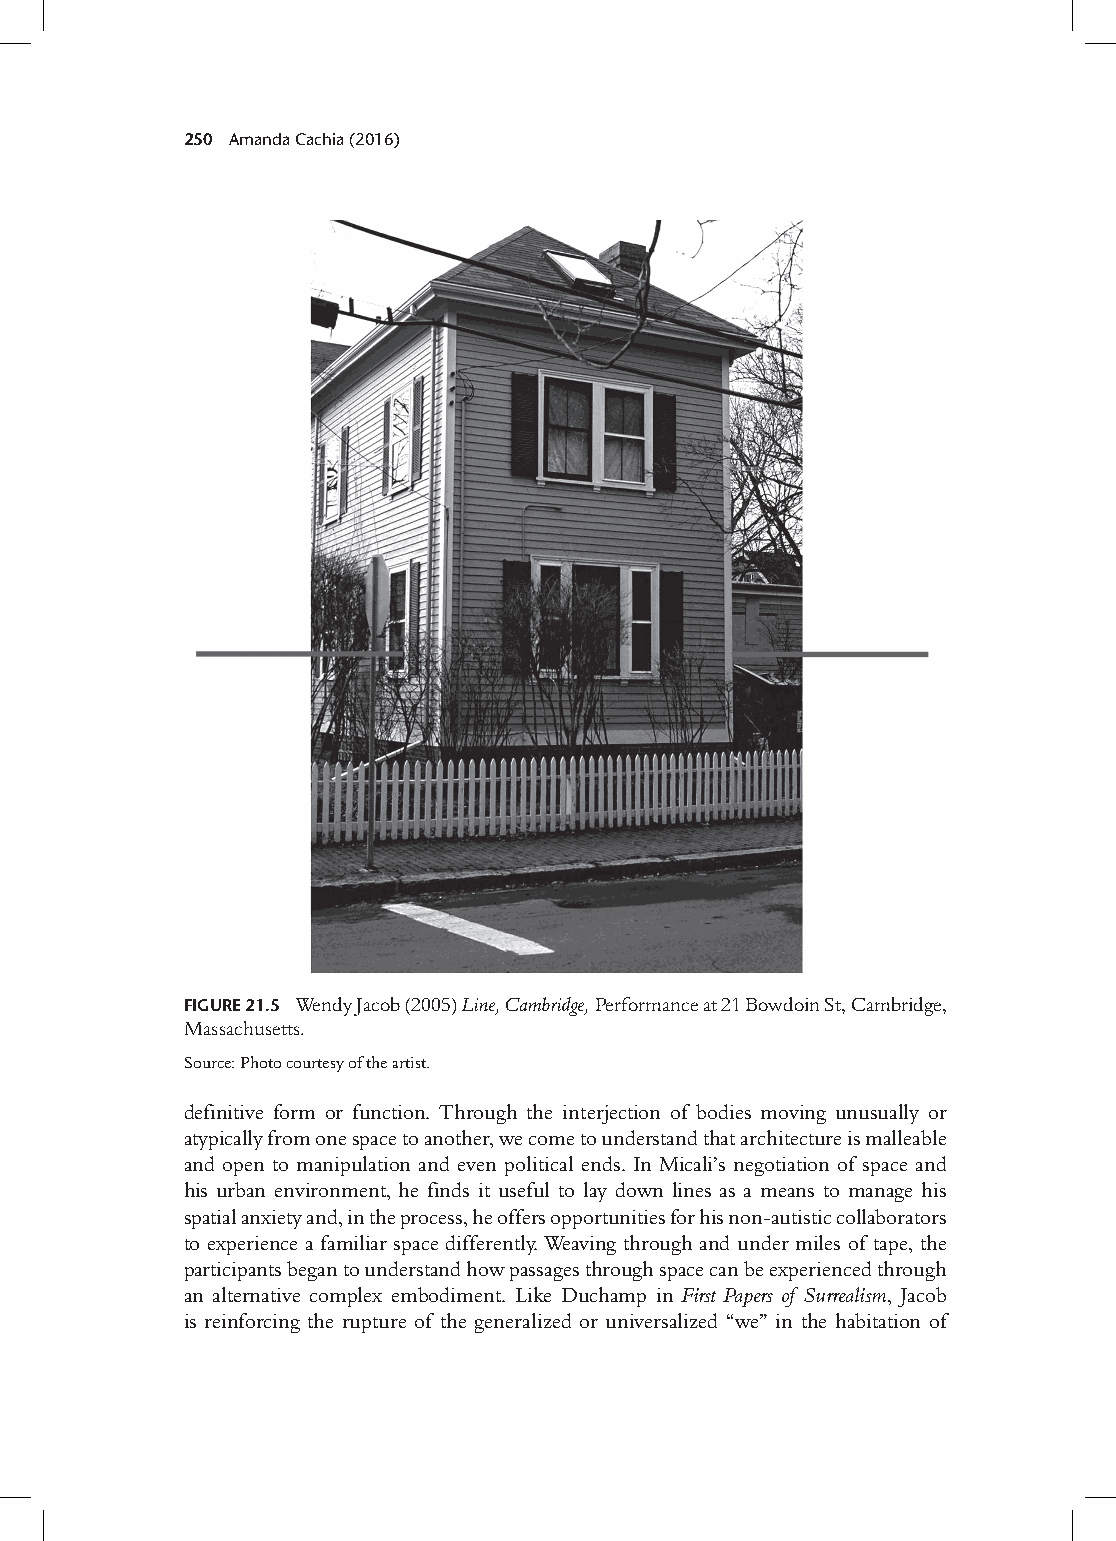
250 Amanda Cachia (2016)
 Figure 21.5 Wendy Jacob (2005) Line, Cambridge, Performance at 21 Bowdoin St, Cambridge,
 Massachusetts.
 Source: Photo courtesy of the artist.
 definitive form or function. Through the interjection of bodies moving unusually or
 atypically from one space to another, we come to understand that architecture is malleable
 and open to manipulation and even political ends. In Micali’s negotiation of space and
 his urban environment, he finds it useful to lay down lines as a means to manage his
 spatial anxiety and, in the process, he offers opportunities for his non-autistic collaborators
 to experience a familiar space differently. Weaving through and under miles of tape, the
 participants began to understand how passages through space can be experienced through
 an alternative complex embodiment. Like Duchamp in First Papers of Surrealism, Jacob
 is reinforcing the rupture of the generalized or universalized “we” in the habitation of